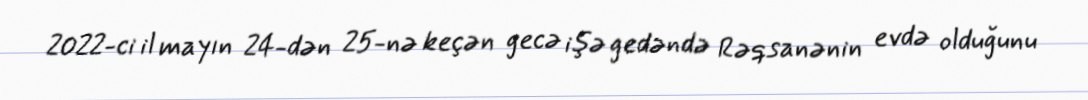
2022-ci il mayın 24-dən 25-nə keçən gecə işə gedəndə Rəqsanənin evdə olduğunu